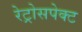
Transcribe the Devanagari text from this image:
रेट्रोसपेक्ट